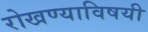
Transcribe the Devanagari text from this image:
रोखण्याविषयी